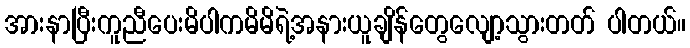
အားနာပြီးကူညီပေးမိပါကမိမိရဲ့အနားယူချိန်တွေလျော့သွားတတ် ပါတယ်။